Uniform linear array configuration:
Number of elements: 16
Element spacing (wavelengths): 0.75
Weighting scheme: blackman
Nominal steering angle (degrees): -15
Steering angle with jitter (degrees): -13.714
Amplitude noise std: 0.05
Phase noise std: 0.05

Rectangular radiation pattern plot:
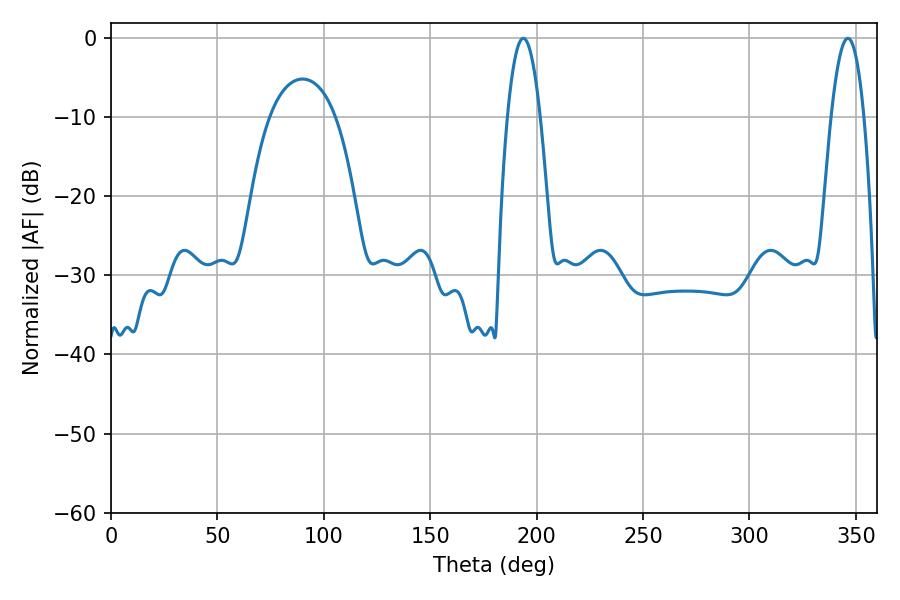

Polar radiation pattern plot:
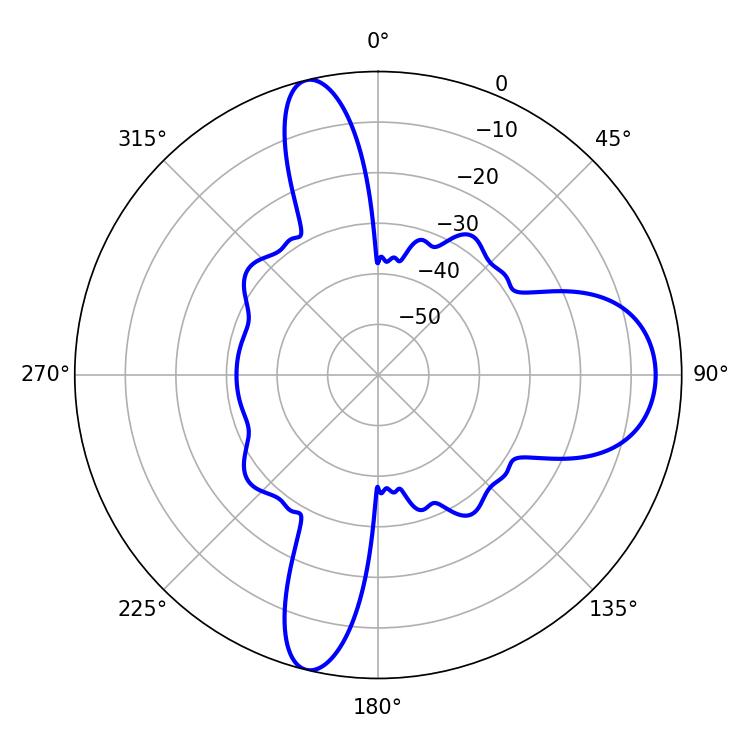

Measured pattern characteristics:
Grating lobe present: TRUE
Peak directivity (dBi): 15.34
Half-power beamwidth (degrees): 8.46
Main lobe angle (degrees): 193.68